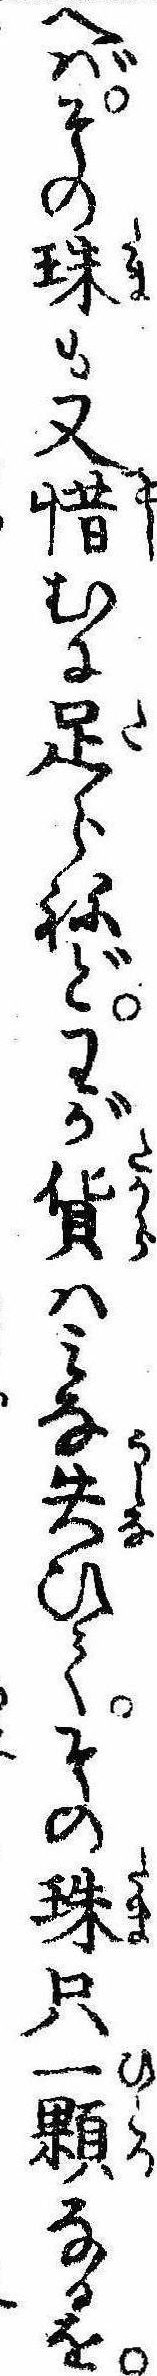
へばその珠も又惜むに足らねどわが貨はみな失ひてその珠只一夥なるを